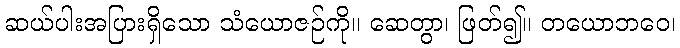
ဆယ်ပါးအပြားရှိသော သံယောဇဉ်ကို။ ဆေတွာ၊ ဖြတ်၍။ တယောဘဝေ၊